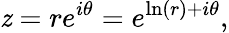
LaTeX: \mathit{z}=re^{i\theta}=e^{\ln(r)+i\theta},